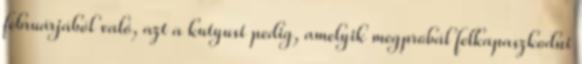
februárjából való, azt a kutyust pedig, amelyik megpróbál felkapaszkodni